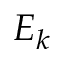
E _ { k }